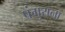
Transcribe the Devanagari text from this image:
पंगुराना